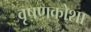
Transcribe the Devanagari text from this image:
वृषणकोशा